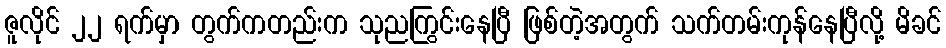
ဇူလိုင် ၂၂ ရက်မှာ တွက်ကတည်းက သုညကြွင်းနေပြီ ဖြစ်တဲ့အတွက် သက်တမ်းကုန်နေပြီလို့ မိခင်